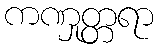
ကဏှုတ္တရာ